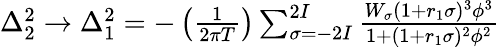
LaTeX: \begin{array}{r}{\Delta_{2}^{2}\rightarrow\Delta_{1}^{2}=-\left(\frac{1}{2\pi T}\right)\sum_{\sigma=-2I}^{2I}\frac{W_{\sigma}(1+r_{1}\sigma)^{3}\phi^{3}}{1+(1+r_{1}\sigma)^{2}\phi^{2}}}\end{array}